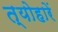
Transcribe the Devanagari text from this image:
त्योहारें